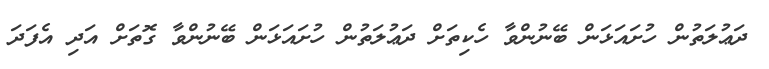
ދަޢުލަތުން ހުށައަޅަން ބޭނުންވާ ހެކިތަށް ދަޢުލަތުން ހުށައަޅަން ބޭނުންވާ ގޮތަށް އަދި އެފަދަ